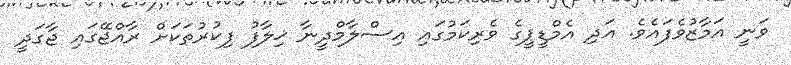
ވަނީ އަމާޒުވެފައެވެ. އަދި އެމްޑީޕީގެ ވެރިކަމުގައި އިސްލާމްދީނާ ޚިލާފު ފިކުރުތަކަށް ރާއްޖޭގައި ޖާގަދީ